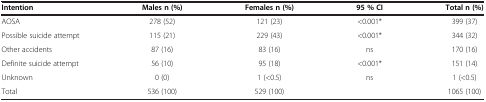
<table><thead><tr><td><b>Intention</b></td><td><b>Males n (%)</b></td><td><b>Females n (%)</b></td><td><b>95 % CI</b></td><td><b>Total n (%)</b></td></tr></thead><tbody><tr><td>AOSA</td><td>278 (52)</td><td>121 (23)</td><td>&lt;0.001*</td><td>399 (37)</td></tr><tr><td>Possible suicide attempt</td><td>115 (21)</td><td>229 (43)</td><td>&lt;0.001*</td><td>344 (32)</td></tr><tr><td>Other accidents</td><td>87 (16)</td><td>83 (16)</td><td>ns</td><td>170 (16)</td></tr><tr><td>Definite suicide attempt</td><td>56 (10)</td><td>95 (18)</td><td>&lt;0.001*</td><td>151 (14)</td></tr><tr><td>Unknown</td><td>0 (0)</td><td>1 (&lt;0.5)</td><td>ns</td><td>1 (&lt;0.5)</td></tr><tr><td>Total</td><td>536 (100)</td><td>529 (100)</td><td> </td><td>1065 (100)</td></tr></tbody></table>